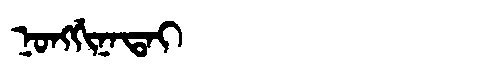
Manchu: ᠨᠣᠩᡤᡳᠨᠠᡨᠠᡳ
Romanization: NONGGINATAI